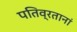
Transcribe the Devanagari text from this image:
पतिव्रतानां